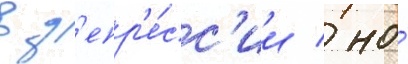
в д'епр'е́сс'ии / но́